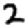
Digit: 2